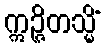
ဣဉ္ဇိတသ္မိံ